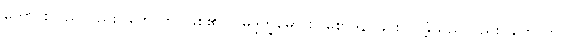
ကောင်းသည်လည်း။ ဟောတိ၊ ဖြစ်၏။ ဝိမဒ္ဒက္ခမော စ၊ စောဒနာခြင်းငှာ ခံ့သည်လည်း။ ဟောတိ၊